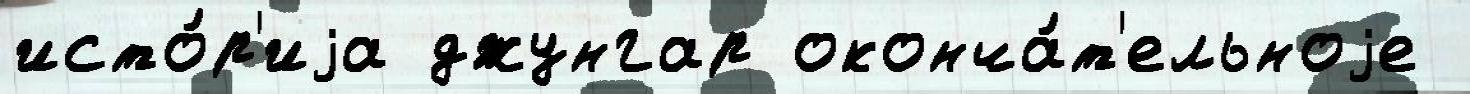
исто́р'иjа джунгар оконча́т'ельноjе